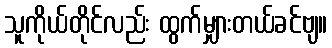
သူကိုယ်တိုင်လည်း ထွက်မျှားတယ်ခင်ဗျ။